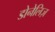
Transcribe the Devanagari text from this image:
डोनेलिज़